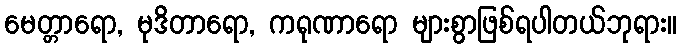
မေတ္တာရော, မုဒိတာရော, ကရုဏာရော များစွာဖြစ်ရပါတယ်ဘုရား။